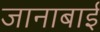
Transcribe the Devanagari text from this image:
जानाबाई